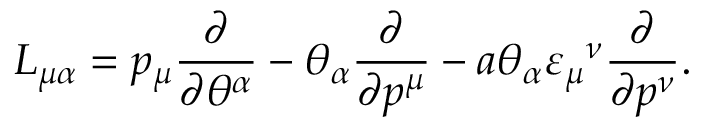
L _ { \mu \alpha } = p _ { \mu } \frac { \partial } { \partial \theta ^ { \alpha } } - \theta _ { \alpha } \frac { \partial } { \partial p ^ { \mu } } - a \theta _ { \alpha } \varepsilon _ { \mu } { } ^ { \nu } \frac { \partial } { \partial p ^ { \nu } } . \,